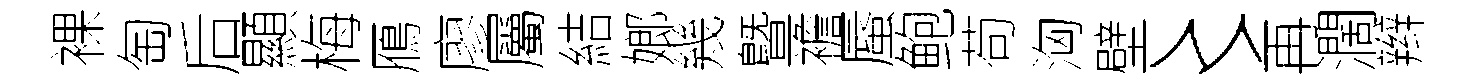
裸匋后顯梅鴈廖屬結嫏幾曁襜蜃鲍苟洶壁〻再濶辫